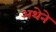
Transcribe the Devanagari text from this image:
अथेने